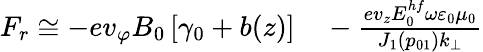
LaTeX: \begin{array}{rl}{F_{r}\cong-ev_{\varphi}B_{0}\left[\gamma_{0}+b(z)\right]}&{{}-\frac{ev_{z}E_{0}^{hf}\omega\varepsilon_{0}\mu_{0}}{J_{1}\left(p_{01}\right)k_{\perp}}}\end{array}